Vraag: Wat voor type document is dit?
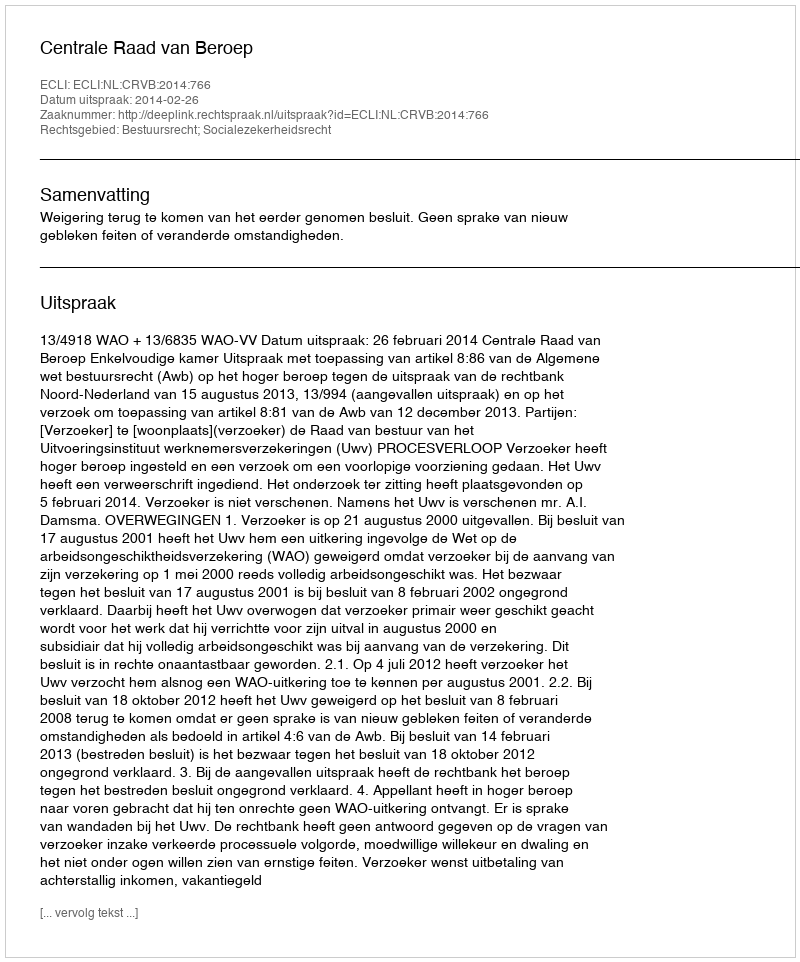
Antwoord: Uitspraak